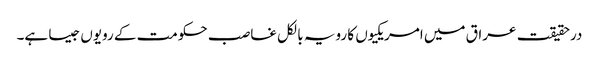
درحقیقت عراق میں امریکیوں کا رویہ بالکل غاصب حکومت کے رویوں جیسا ہے۔